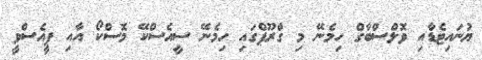
ޔުނައިޓެޑާއި ވޮލްސްބާގް ހިމެނޭ މި ގްރޫޕްގައި ހިމެނޭ ސީއެސްކޭ މޮސްކޯ އާއި ޕީއެސްވީ